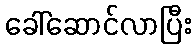
ခေါ်ဆောင်လာပြီး